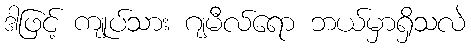
ဒါဖြင့် ကျုပ်သား ဂျမီလ်ရော ဘယ်မှာရှိသလဲ